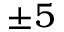
\pm 5